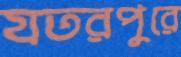
যতরপুরে